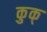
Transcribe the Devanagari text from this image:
कुक्